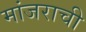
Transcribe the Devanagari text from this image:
मांजराची